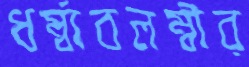
ধর্ম্বাবলম্বীর